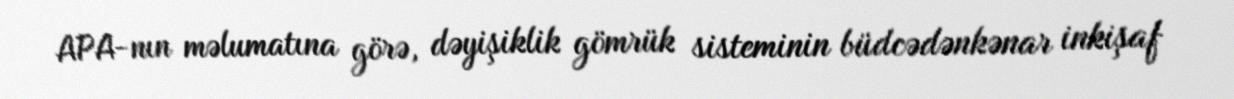
APA-nın məlumatına görə, dəyişiklik gömrük sisteminin büdcədənkənar inkişaf